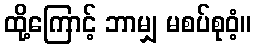
ထို့ကြောင့် ဘာမျှ မစပ်စုဝံ့။